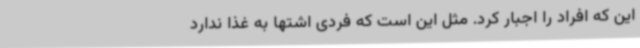
این که افراد را اجبار کرد. مثل این است که فردی اشتها به غذا ندارد